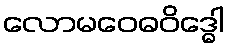
လောမဝေဓဝိဒ္ဓေါ